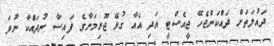
ދައުލަތަށް ދައްކަންޖެހޭ ޖީއެސްޓީ އަދި އެއާ ގުޅޭ ޖޫރިމަނާގެ ފައިސާ ނުދައްކާ ނުވަ